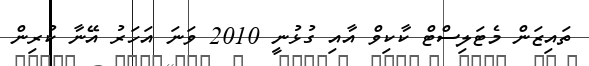
ތައިޒަން މެޓަލިސްޓް ކާކިވް އާއި ގުޅުނީ 2010 ވަނަ އަހަރު އޭނާ ކުރިން